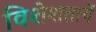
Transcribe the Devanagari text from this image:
विशेशतायें